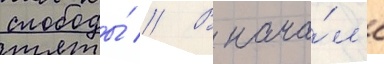
слободы́ // В нача́л'е